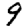
Digit: 9